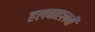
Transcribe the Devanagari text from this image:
हलवाहलवी